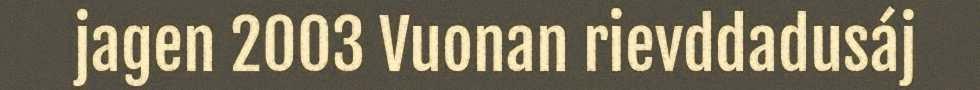
jagen 2003 Vuonan rievddadusáj